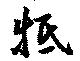
牴